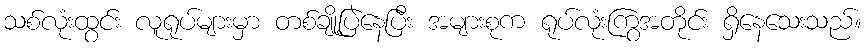
သစ်လုံးထွင်း လူရုပ်များမှာ တစ်ချို့ပြဲနေပြီး အများစုက ရုပ်လုံးကြွအတိုင်း ရှိနေသေးသည်။